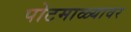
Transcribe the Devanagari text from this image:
पोटमाळ्यावर